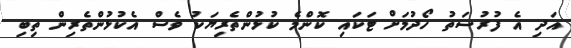
އަދި އެ ފުރުސަތު ހޯދުމަށް ޓަކައި ކޮންމެ ކުޅުންތެރިޔަކު ވެސް އެކުޅުންތެރިން ތިބި